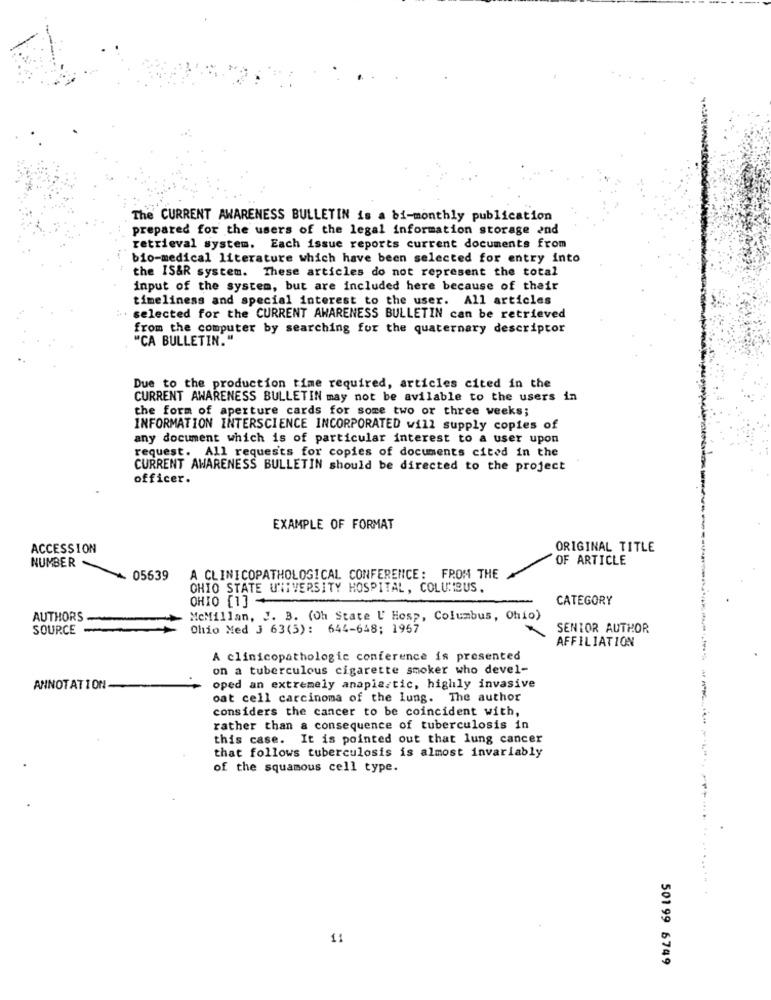
The CURRENT AWARENESS BULLETIN is a bi-monthly publication
prepared for the users of the legal information storage and
retrieval system. Each issue reports current documents from
bio-medical literature which have been selected for entry into
the IS&R system. These articles do not represent the total
input of the system, but are included here because of their
timeliness and special interest to the user. All articles
: selected for the CURRENT AWARENESS BULLETIN can be retrieved
from the computer by searching for the quaternary descriptor
"CA BULLETIN."
Due to the production time required, articles cited in the
CURRENT AWARENESS BULLETIN may not be avilable to the users in
the form of aperture cards for some two or three weeks;
INFORMATION INTERSCIENCE INCORPORATED will supply copies of
any document which is of particular interest to a user upon
request. All requests for copies of documents cited in the
CURRENT AWARENESS BULLETIN should be directed to the project
officer.
EXAMPLE OF FORMAT
ACCESSION
ORIGINAL TITLE
OF ARTICLE
NUMBER
05639
A CLINICOPATHOLOGICAL CONFERENCE: FROM THE
OHIO STATE UNIVERSITY HOSPITAL, COLUISUS.
OHIO [1] +
CATEGORY
AUTHORS
MeMillan, J. B. (Oh State U' Hosp, Columbus, Ohio)
SOURCE
Ohio Med 3 63(5): 644-648; 1967
SENIOR AUTHOR
AFFILIATION
A clinicopathologic conference is presented
on a tuberculous cigarette smoker who devel-
ANNOTATION -
oped an extremely anapla.tic, highly invasive
oat cell carcinoma of the lung. The author
considers the cancer to be coincident with,
rather than a consequence of tuberculosis in
this case. It is pointed out that lung cancer
that follows tuberculosis is almost invariably
of the squamous cell type.
11
501 99 6749